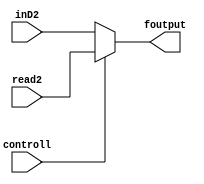
module mux(read2,inD2,controll,foutput);
input[31:0] read2,inD2;
input controll;
output[31:0] foutput;

assign foutput=(controll)?read2:inD2;

endmodule